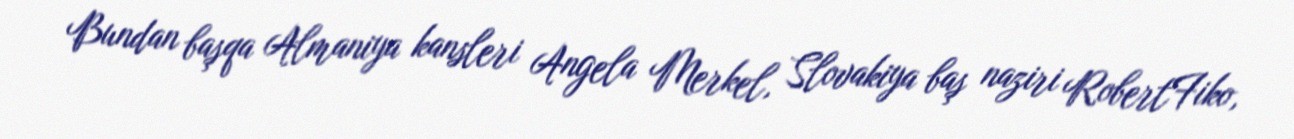
Bundan başqa Almaniya kansleri Angela Merkel, Slovakiya baş naziri RobertFiko,